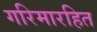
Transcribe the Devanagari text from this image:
गरिमारहित